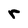
Character: r